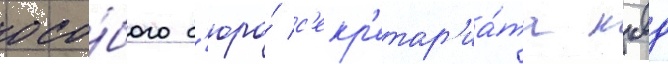
осо́бого б'юро́ с'екр'етар'иа́та нквд